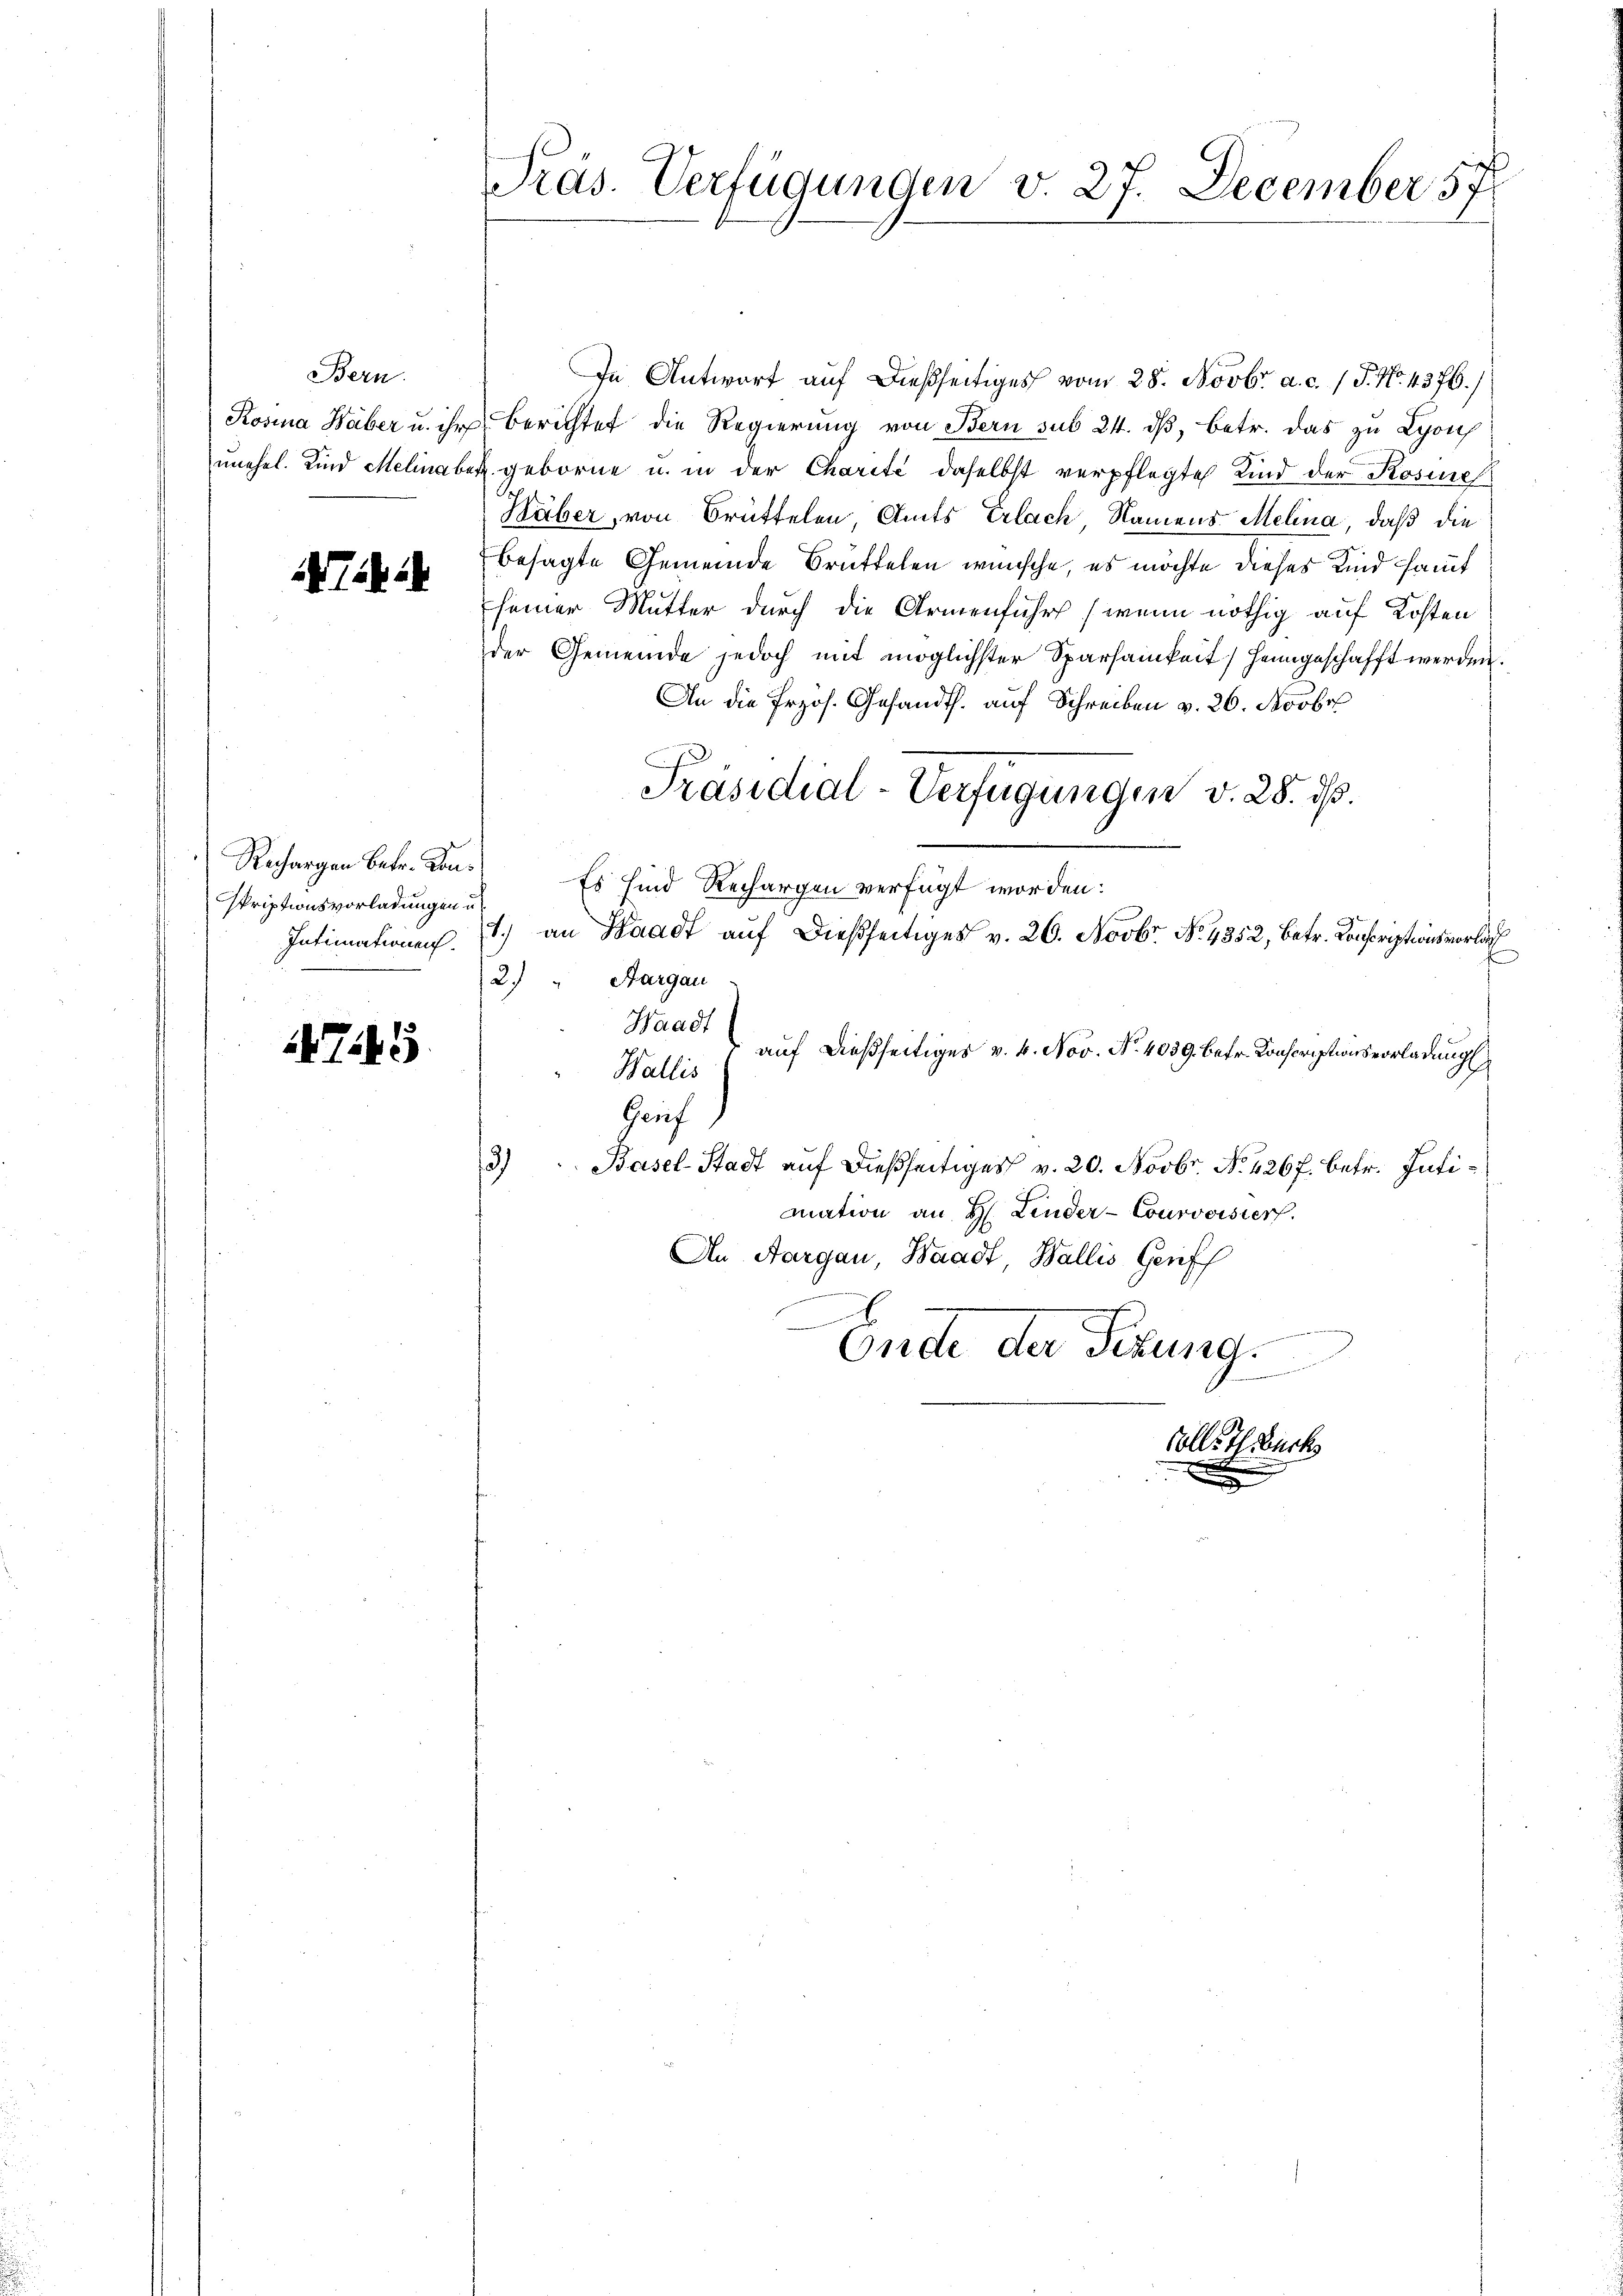
Bern.

Thi

skriptionsvorladungen u.
Intimationen.

75

In Antwort auf dießseitiges vom 28. Novbr. a. c. 1 P. No. 4376./
Rosina Haber u. ihr Berichtet die Regierung von Bern sub 24. dβ, betr. das zu Lyon
unehel. Kind Melinaben geborne u. in der Charité daselbst verpflegte Kind der Rosine
Häber, von Brüttelen, Amts Erlach Namens Melina, daß die
besagte Gemeinde Brüttelen wünsche, es möchte dieses Kind samt
seiner Mutter durch die Armenfuhr (wenn nöthig auf Kosten
der Gemeinde jedoch mit möglichster Sparsamkeit heimgeschafft werden.
An die Przos. Gesandth. auf Schreiben v. 26. Novbr
Präsidial-Verfügungen v. 28. ds.
Rechargen betr. Kon. Es sind Rechargen verfügt worden:
1.) an Waadt auf dießseitiges v. 26. Novbr. No. 4352, betr. Conscriptionsvorlach
2. " Aargau
Waadt
auf dießseitiges v. 4. Nov. No. 4039. betr. Konscriptionsvorladung
Wallis
Geuf
3)
Basel-Stadt auf dießseitiges v. 20. Novbr. No. 4267. betr. Intimation an H. Linder-Courvoisier.
An Aargau, Waadt, Wallis Geriff
Ende der Firung.

Präs. Verfügungen v. 27. December 57

soll. Ich auch
x